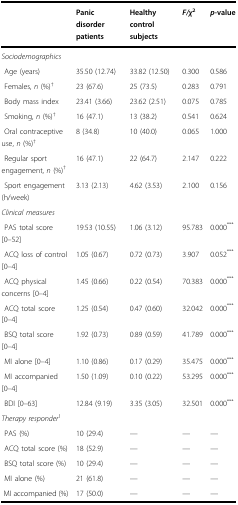
<table><thead><tr><td></td><td><b>Panic disorder patients</b></td><td><b>Healthy control subjects</b></td><td><b><i>F/χ</i><sup>2</sup></b></td><td><b><i>p</i>-value</b></td></tr></thead><tbody><tr><td colspan="5"><i>Sociodemographics</i></td></tr><tr><td> Age (years)</td><td>35.50 (12.74)</td><td>33.82 (12.50)</td><td>0.300</td><td>0.586</td></tr><tr><td> Females, <i>n</i> (%)<sup>†</sup></td><td>23 (67.6)</td><td>25 (73.5)</td><td>0.283</td><td>0.791</td></tr><tr><td> Body mass index</td><td>23.41 (3.66)</td><td>23.62 (2.51)</td><td>0.075</td><td>0.785</td></tr><tr><td> Smoking, <i>n</i> (%)<sup>†</sup></td><td>16 (47.1)</td><td>13 (38.2)</td><td>0.541</td><td>0.624</td></tr><tr><td> Oral contraceptive use, <i>n</i> (%)<sup>†</sup></td><td>8 (34.8)</td><td>10 (40.0)</td><td>0.065</td><td>1.000</td></tr><tr><td> Regular sport engagement, <i>n</i> (%)<sup>†</sup></td><td>16 (47.1)</td><td>22 (64.7)</td><td>2.147</td><td>0.222</td></tr><tr><td> Sport engagement (h/week)</td><td>3.13 (2.13)</td><td>4.62 (3.53)</td><td>2.100</td><td>0.156</td></tr><tr><td colspan="5"><i>Clinical measures</i></td></tr><tr><td> PAS total score [0–52]</td><td>19.53 (10.55)</td><td>1.06 (3.12)</td><td>95.783</td><td>0.000<sup>***</sup></td></tr><tr><td> ACQ loss of control [0–4]</td><td>1.05 (0.67)</td><td>0.72 (0.73)</td><td>3.907</td><td>0.052<sup>***</sup></td></tr><tr><td> ACQ physical concerns [0–4]</td><td>1.45 (0.66)</td><td>0.22 (0.54)</td><td>70.383</td><td>0.000<sup>***</sup></td></tr><tr><td> ACQ total score [0–4]</td><td>1.25 (0.54)</td><td>0.47 (0.60)</td><td>32.042</td><td>0.000<sup>***</sup></td></tr><tr><td> BSQ total score [0–4]</td><td>1.92 (0.73)</td><td>0.89 (0.59)</td><td>41.789</td><td>0.000<sup>***</sup></td></tr><tr><td> MI alone [0–4]</td><td>1.10 (0.86)</td><td>0.17 (0.29)</td><td>35.475</td><td>0.000<sup>***</sup></td></tr><tr><td> MI accompanied [0–4]</td><td>1.50 (1.09)</td><td>0.10 (0.22)</td><td>53.295</td><td>0.000<sup>***</sup></td></tr><tr><td> BDI [0–63]</td><td>12.84 (9.19)</td><td>3.35 (3.05)</td><td>32.501</td><td>0.000<sup>***</sup></td></tr><tr><td colspan="5"><i>Therapy responder</i><sup>1</sup></td></tr><tr><td> PAS (%)</td><td>10 (29.4)</td><td>—</td><td>—</td><td>—</td></tr><tr><td> ACQ total score (%)</td><td>18 (52.9)</td><td>—</td><td>—</td><td>—</td></tr><tr><td> BSQ total score (%)</td><td>10 (29.4)</td><td>—</td><td>—</td><td>—</td></tr><tr><td> MI alone (%)</td><td>21 (61.8)</td><td>—</td><td>—</td><td>—</td></tr><tr><td> MI accompanied (%)</td><td>17 (50.0)</td><td>—</td><td>—</td><td>—</td></tr></tbody></table>